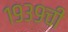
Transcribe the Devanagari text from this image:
१९३९ची